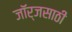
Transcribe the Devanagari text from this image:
जॉर्जसाठी